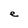
Character: e